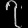
Digit: ၇